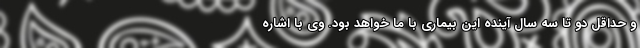
و حداقل دو تا سه سال آینده این بیماری با ما خواهد بود. وی با اشاره